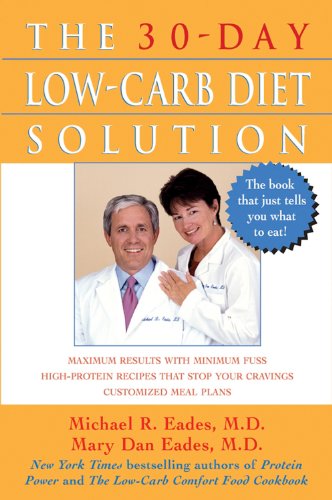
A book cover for The 30-Day Low-Carb Diet Solution; Mary Dan Eades; Health, Fitness & Dieting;